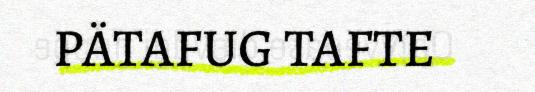
PÄTAFUG TAFTE